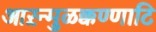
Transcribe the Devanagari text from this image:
आऱन्मुळक्कण्णाटि